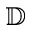
\mathbb { D }